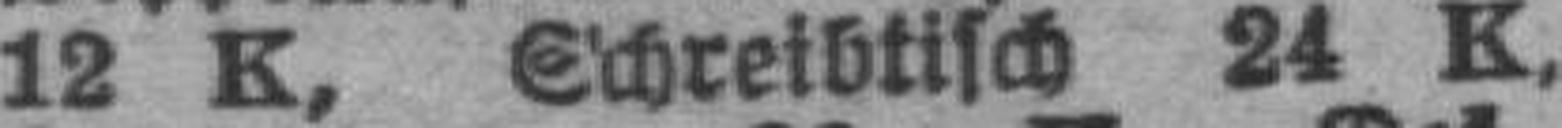
12 K, Schreibtisch 24 K,